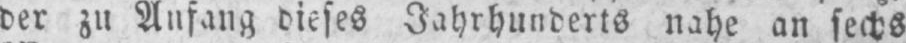
der zu Anfang dieses Jahrhunderts nahe an sechs